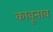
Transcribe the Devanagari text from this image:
कावूनाव